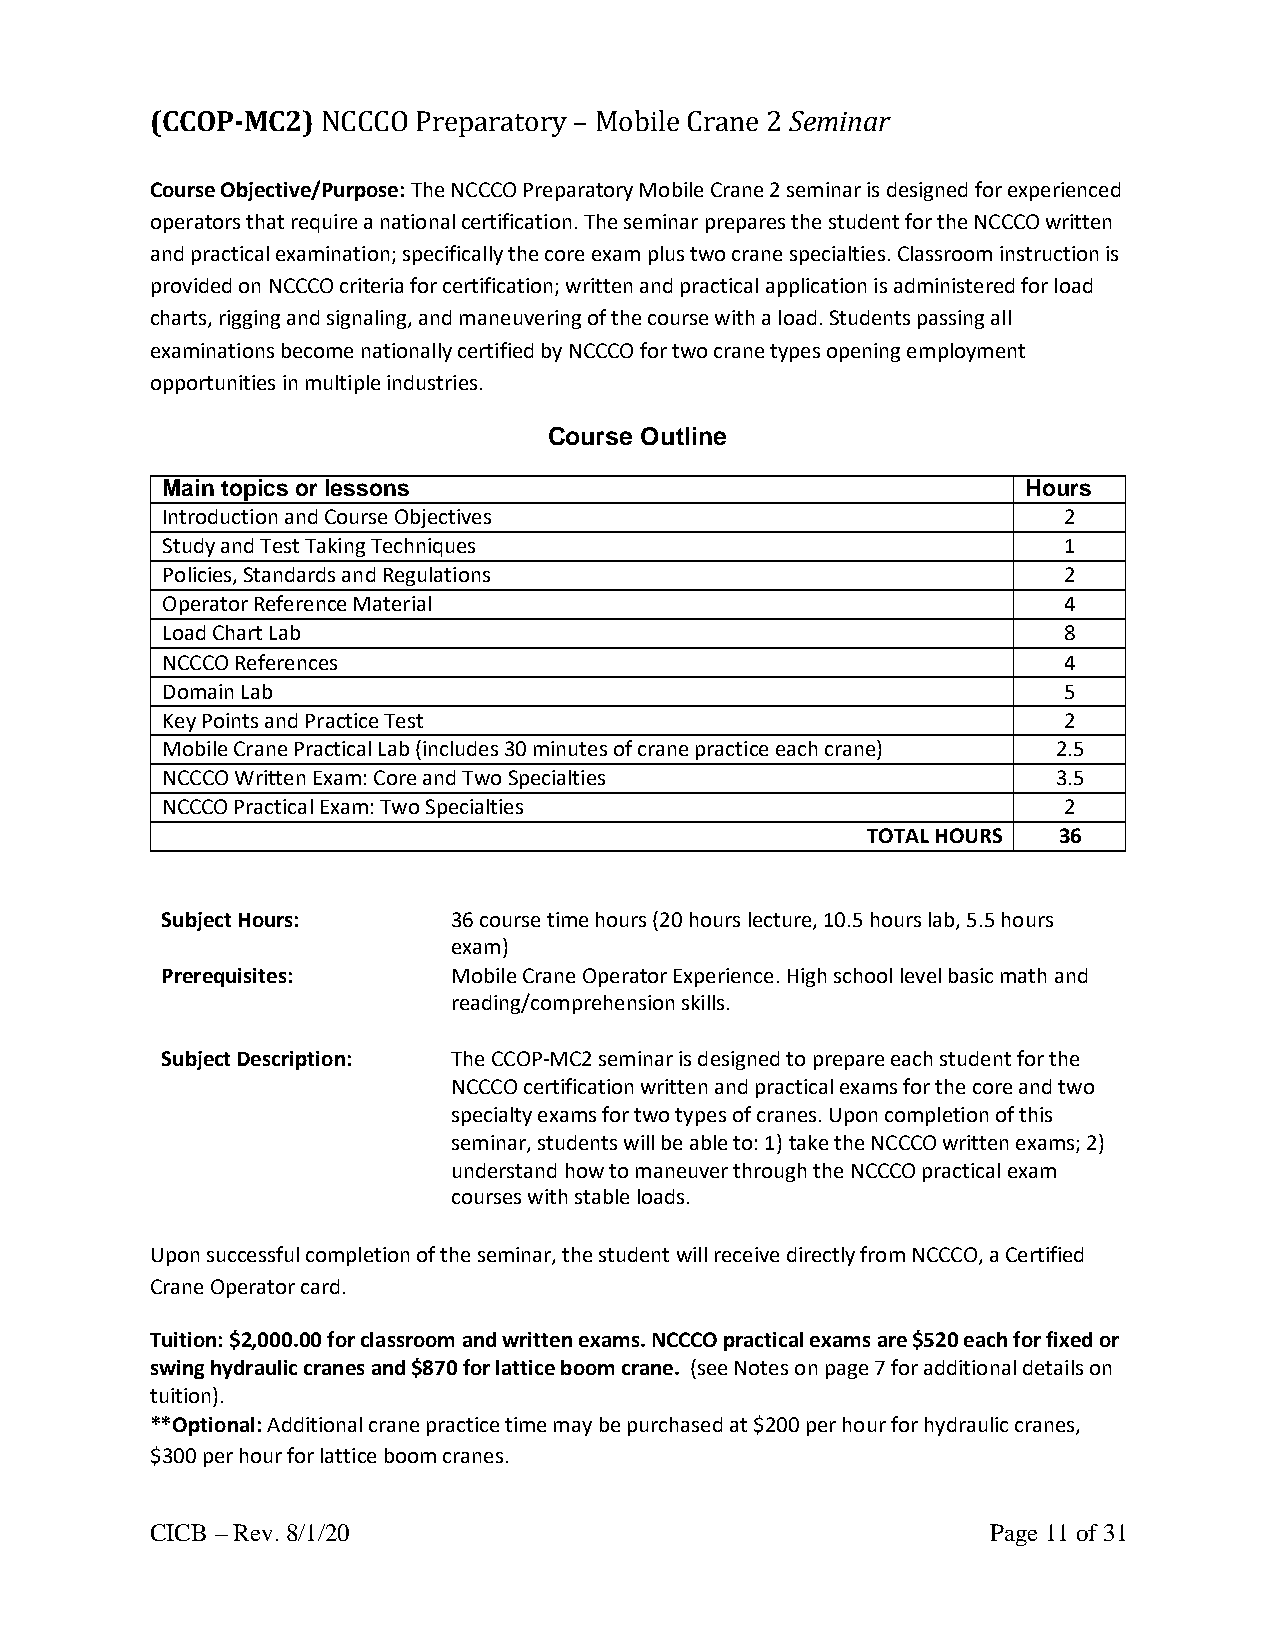
(CCOP-MC2) NCCCO Preparatory – Mobile Crane 2 Seminar
 Course Objective/Purpose: The NCCCO Preparatory Mobile Crane 2 seminar is designed for experienced
 operators that require a national certification. The seminar prepares the student for the NCCCO written
 and practical examination; specifically the core exam plus two crane specialties. Classroom instruction is
 provided on NCCCO criteria for certification; written and practical application is administered for load
 charts, rigging and signaling, and maneuvering of the course with a load. Students passing all
 examinations become nationally certified by NCCCO for two crane types opening employment
 opportunities in multiple industries.
 Course Outline
 Main topics or lessons                                   Hours
 Introduction and Course Objectives                         2
 Study and Test Taking Techniques                           1
 Policies, Standards and Regulations                        2
 Operator Reference Material                                4
 Load Chart Lab                                             8
 NCCCO References                                           4
 Domain Lab                                                 5
 Key Points and Practice Test                               2
 Mobile Crane Practical Lab (includes 30 minutes of crane practice each crane) 2.5
 NCCCO Written Exam: Core and Two Specialties               3.5
 NCCCO Practical Exam: Two Specialties                      2
 TOTAL HOURS  36
 Subject Hours:     36 course time hours (20 hours lecture, 10.5 hours lab, 5.5 hours
 exam)
 Prerequisites:     Mobile Crane Operator Experience. High school level basic math and
 reading/comprehension skills.
 Subject Description: The CCOP-MC2 seminar is designed to prepare each student for the
 NCCCO certification written and practical exams for the core and two
 specialty exams for two types of cranes. Upon completion of this
 seminar, students will be able to: 1) take the NCCCO written exams; 2)
 understand how to maneuver through the NCCCO practical exam
 courses with stable loads.
 Upon successful completion of the seminar, the student will receive directly from NCCCO, a Certified
 Crane Operator card.
 Tuition: $2,000.00 for classroom and written exams. NCCCO practical exams are $520 each for fixed or
 swing hydraulic cranes and $870 for lattice boom crane. (see Notes on page 7 for additional details on
 tuition).
 **Optional: Additional crane practice time may be purchased at $200 per hour for hydraulic cranes,
 $300 per hour for lattice boom cranes.
 CICB – Rev. 8/1/20                                      Page 11 of 31